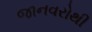
જાનવરોથી